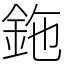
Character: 鉇